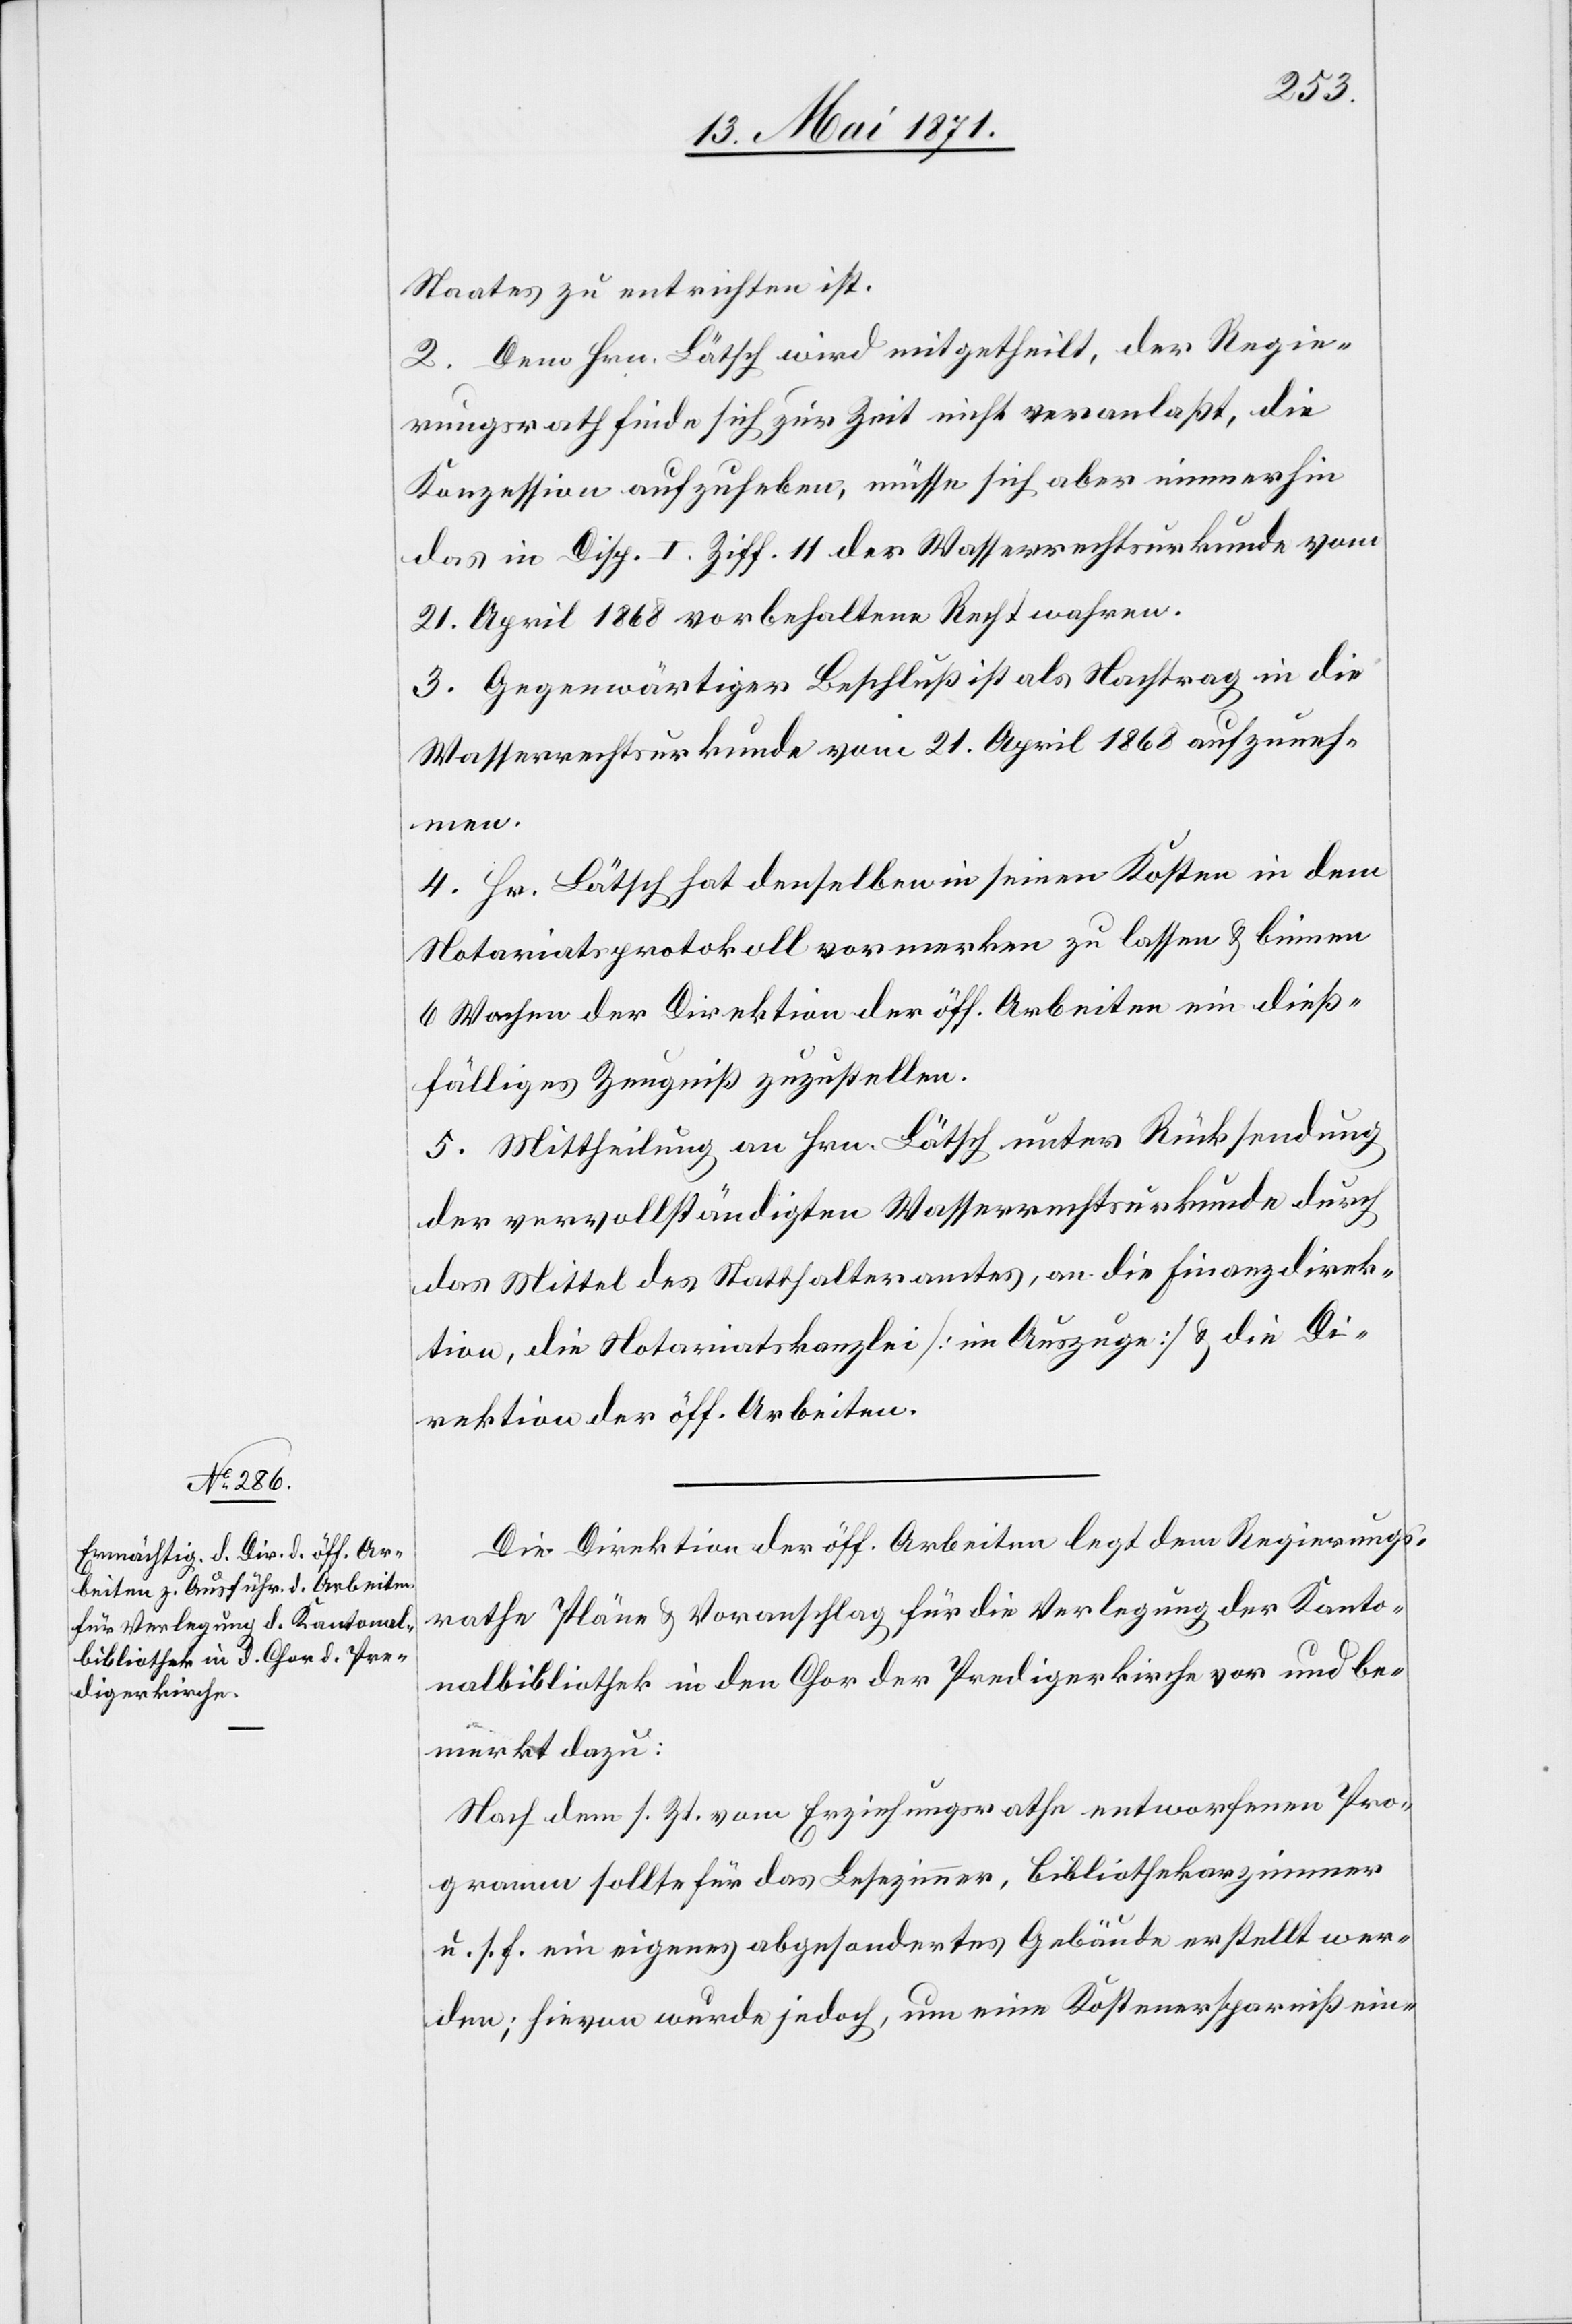
Staates zu entrichten ist.
2. Dem Hrn. Lätsch wird mitgetheilt, der Regie¬
rungsrath finde sich zur Zeit nicht veranlaßt, die
Konzession aufzuheben, müsse sich aber immerhin
das in Disp. I. Ziff. 11 der Wasserrechtsurkunde vom
21. April 1868 vorbehaltene Recht wahren.
3. Gegenwärtiger Beschluß ist als Nachtrag in die
Wasserrechtsurkunde vom 21. April 1868 aufzuneh¬
men.
4. Hr. Lätsch hat denselben in seinen Kosten in dem
Notariatsprotokoll vormerken zu lassen u. binnen
6 Wochen der Direktion der öff. Arbeiten ein dieß¬
fälliges Zeugniß zuzustellen.
5. Mittheilung an Hrn. Lätsch unter Rücksendung
der vervollständigten Wasserrechtsurkunde durch
das Mittel des Statthalteramtes, an die Finanzdirek¬
tion, die Notariatskanzlei [im Auszuge] u. die Di¬
rektion der öff. Arbeiten.
Die Direktion der öff. Arbeiten legt dem Regierungs¬
rathe Pläne u. Voranschlag für die Verlegung der Kanto¬
nalbibliothek in den Chor der Predigerkirche vor und be¬
merkt dazu:
Nach dem s. Zt. vom Erziehungsrathe entworfenen Pro¬
gramm sollte für das Lesezimmer, Bibliothekarzimmer
u. s. f. ein eigenes abgesondertes Gebäude erstellt wer¬
den; hievon wurde jedoch, um eine Kostenersparniß ein-